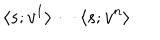
LaTeX: \langle s ; v ^ { 1 } \rangle \cdots \langle s ; v ^ { n } \rangle